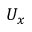
U _ { x }